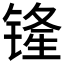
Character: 𫟾